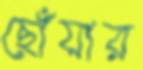
ছোঁয়ার